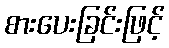
စားပေးခြင်းဖြင့်